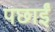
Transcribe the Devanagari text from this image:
पछाईं